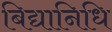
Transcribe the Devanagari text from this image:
बिद्यानिधि